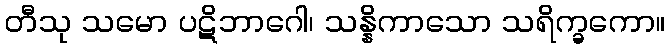
တီသု သမော ပဋိဘာဂေါ၊ သန္နိကာသော သရိက္ခကော။